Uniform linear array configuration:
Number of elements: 32
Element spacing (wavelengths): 0.5
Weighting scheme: exponential
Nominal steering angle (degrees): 0
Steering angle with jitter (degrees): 0.9377
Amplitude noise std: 0.05
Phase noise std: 0.05

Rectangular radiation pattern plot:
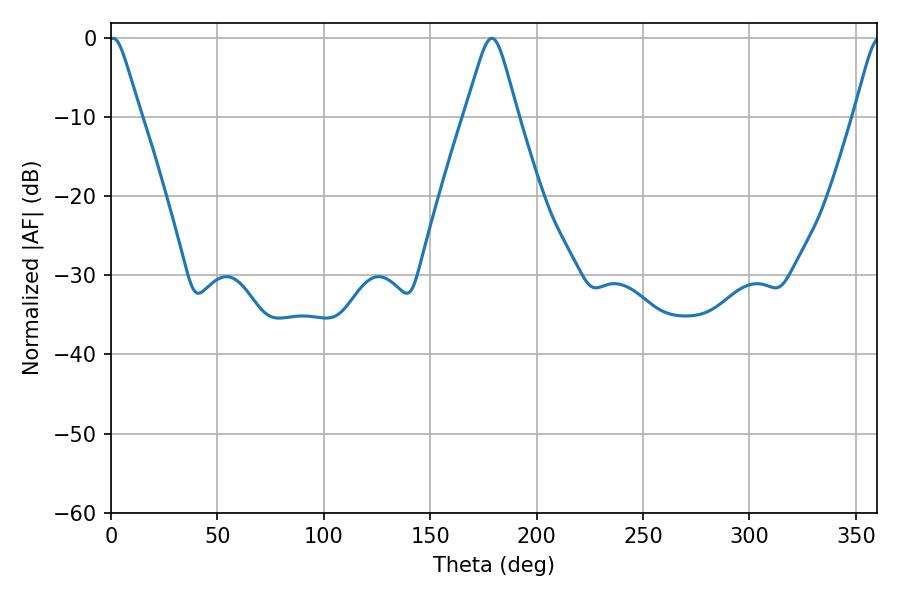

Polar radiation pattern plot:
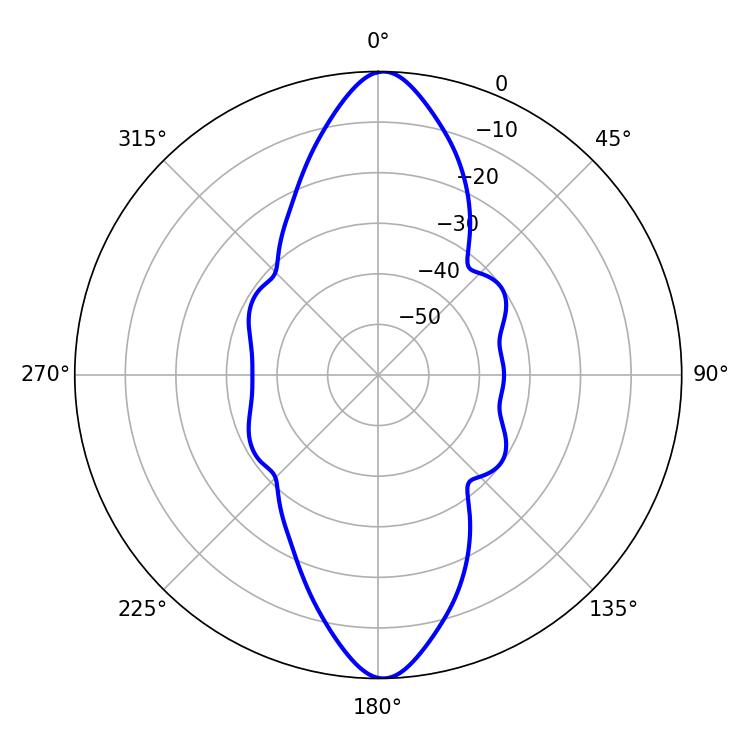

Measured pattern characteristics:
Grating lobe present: FALSE
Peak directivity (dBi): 22.761
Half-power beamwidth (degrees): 7.02
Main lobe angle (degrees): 1.08